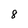
Character: 8